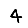
Digit: 4